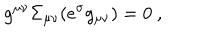
g ^ { \mu \nu } \Sigma _ { \mu \nu } ( e ^ { \sigma } g _ { \mu \nu } ) = 0 ~ ,